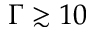
\Gamma \gtrsim 1 0